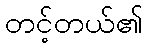
တင့်တယ်၏